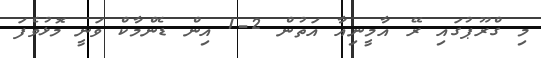
މި ގްރޫޕުގައި ރޭ އާމީނިއާ އަތުން 2-1 އިން ޑެންމާކް ވަނީ މޮޅުވެފަ